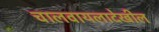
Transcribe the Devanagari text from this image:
चालवायलादेखील